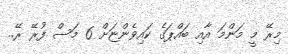
މިރޭ މީ މަންމަ އާއި ބައްޕަގެ ކައިވެންޏަށް 6 މަސް ފުރޭ ރޭ..